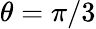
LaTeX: \theta=\pi/3